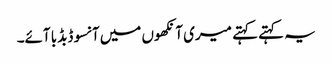
یہ کہتے کہتے میری آنکھوں میں آنسو ڈبڈبا آئے۔